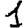
Digit: 1